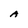
Character: A